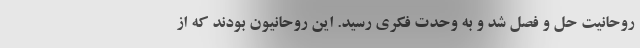
روحانیت حل و فصل شد و به وحدت فکری رسید. این روحانیون بودند که از